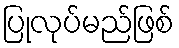
ပြုလုပ်မည်ဖြစ်